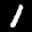
Label: 1